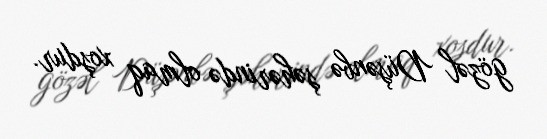
gözəl Düşənbə şəhərində olmaq xoşdur.